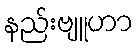
နည်းဗျူဟာ